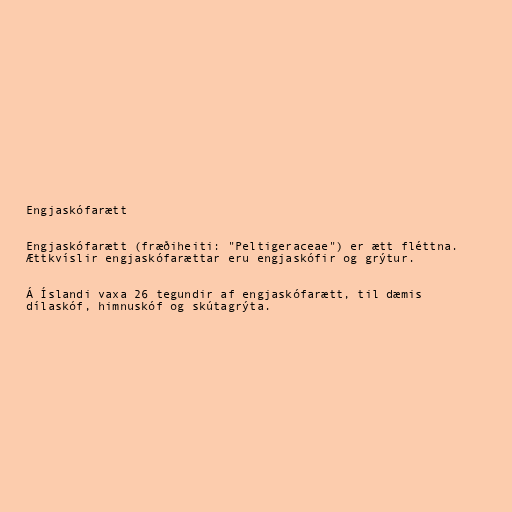
Engjaskófarætt

Engjaskófarætt (fræðiheiti: "Peltigeraceae") er ætt fléttna.
Ættkvíslir engjaskófarættar eru engjaskófir og grýtur.

Á Íslandi vaxa 26 tegundir af engjaskófarætt, til dæmis
dílaskóf, himnuskóf og skútagrýta.